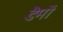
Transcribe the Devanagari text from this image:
डैमों